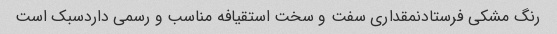
رنگ مشکی فرستادنمقداری سفت و سخت استقیافه مناسب و رسمی داردسبک است